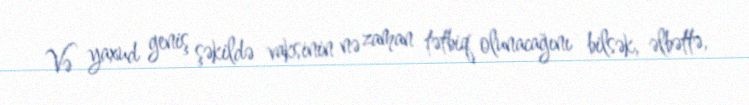
Və yaxud geniş şəkildə vaksinin nə zaman tətbiq olunacağını bilsək, əlbəttə,